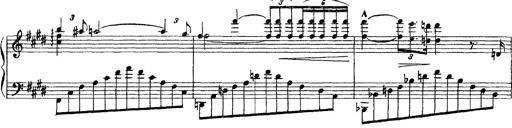
Title: 3 sonetti di Petrarca
Composer: Franz Liszt